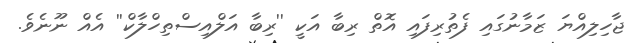
ޖާހިލިއްޔަ ޒަމާނުގައި ފެތުރިފައި އޮތް ރިބާ އަކީ ''ރިބާ އަލްއިސްތިހްލާކް'' އެއް ނޫނެވެ.